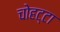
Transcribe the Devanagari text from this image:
चोहट्टा